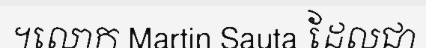
។លោក Martin Sauta ដែលជា